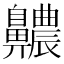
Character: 齈